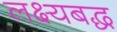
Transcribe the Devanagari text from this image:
लक्ष्यबद्ध